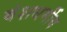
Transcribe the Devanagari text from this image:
वंशधर्मीय